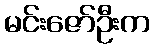
မင်းဇော်ဦးက